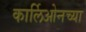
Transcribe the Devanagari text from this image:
कार्लिओनच्या